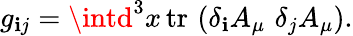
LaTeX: g_{\mathbf{i}j}=\intd^{3}x\, \mathrm{{tr}}\, \left(\delta_{\mathbf{i}}A_{\mu}\, \, \delta_{j}A_{\mu}\right).